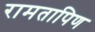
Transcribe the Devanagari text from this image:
रामतापिण